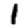
Digit: 1